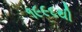
૧૯૯૬થી